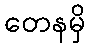
တေနမှိ